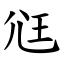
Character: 尩